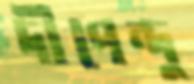
দীপেন্দু